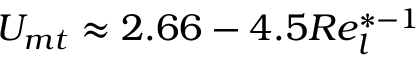
U _ { m t } \approx 2 . 6 6 - 4 . 5 R e _ { l } ^ { * - 1 }